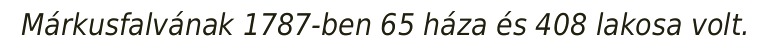
Márkusfalvának 1787-ben 65 háza és 408 lakosa volt.